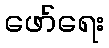
ဖော်ရေး